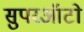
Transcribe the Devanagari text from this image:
सुपरऑटो